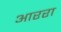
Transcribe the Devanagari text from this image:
आररा